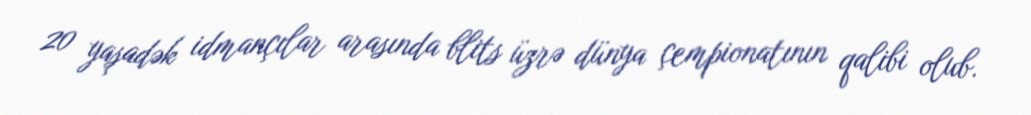
20 yaşadək idmançılar arasında blits üzrə dünya çempionatının qalibi olub.